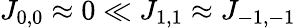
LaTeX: J_{0,0}\approx 0\ll J_{1,1}\approx J_{-1,-1}